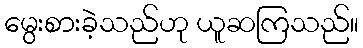
မွေးစားခဲ့သည်ဟု ယူဆကြသည်။